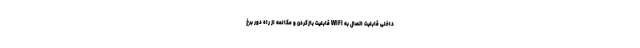
داخلی قابلیت اتصال به WIFI قابلیت بازکردن و مکالمه از راه دور برخ